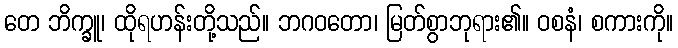
တေ ဘိက္ခူ၊ ထိုရဟန်းတို့သည်။ ဘဂဝတော၊ မြတ်စွာဘုရား၏။ ဝစနံ၊ စကားကို။